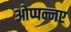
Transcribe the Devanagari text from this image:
ओप्पन्नए